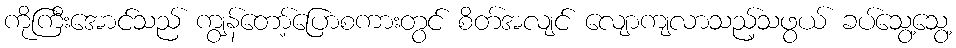
ကိုကြီးအောင်သည် ကျွန်တော့်ပြောစကားတွင် စိတ်အလျင် လျောကျလာသည့်သဖွယ် ခပ်သွေ့သွေ့